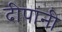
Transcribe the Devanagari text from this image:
दीपांनी